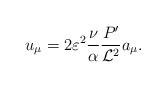
LaTeX: \begin{align*}u_{\mu} = 2 \varepsilon^2 \frac{\nu}{\alpha} \frac{P'}{{\cal L}^2} a_{\mu}.\end{align*}